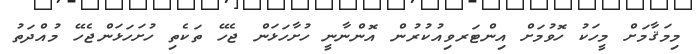
މިމަޤާމަށް މީހަކު ހޮވުމަށް އިންޓަރވިއުކުރުން އޮންނާނީ ހުށާހަޅަން ޖެހޭ ތަކެތި ހުށަހަޅަންޖެހޭ މުއްދަތު